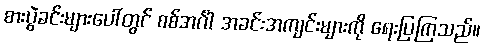
စားပွဲခင်းများပေါ်တွင် စစ်အင်္ဂါ အခင်းအကျင်းများကို ရေးပြကြသည်။